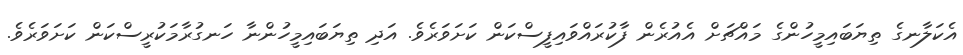
އެކަލާނގެ ތިޔަބައިމީހުންގެ މައްޗަށް އެއުރެން ފާކުރައްވައިފީސްކަން ކަށަވަރެވެ. އަދި ތިޔަބައިމީހުންނާ ހަނގުރާމަކުރީސްކަން ކަށަވަރެވެ.